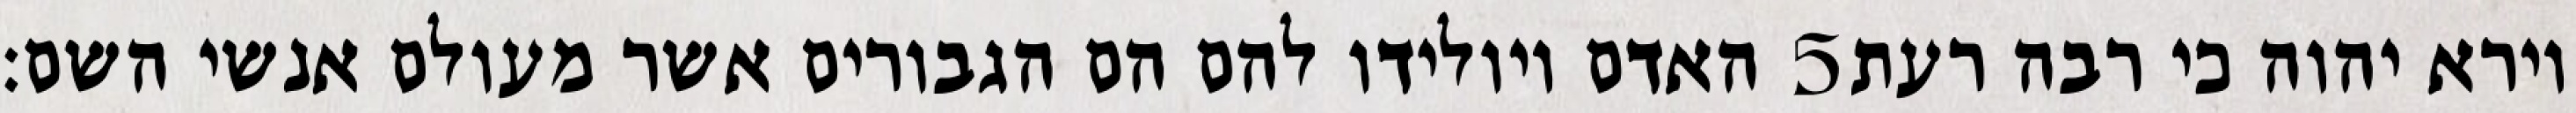
האדם ויולידו להם הם הגבורים אשר מעולם אנשי השם׃ ‎5‏ וירא יהוה כי רבה רעת